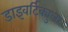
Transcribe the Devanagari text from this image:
डाइवर्टिक्युलर